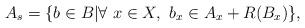
LaTeX: \begin{align*}A_s = \{b \in B|\forall \ x \in X, \ b_x \in A_x + R(B_x)\},\end{align*}